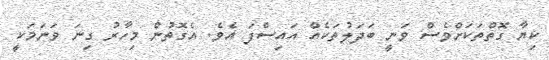
ކިޔާ ގޮތްތަކަށްވެސް ވަނީ ބަދަލުތަކެއް އައިސްފަ އެވެ. އެގޮތުން މިހާރު ގިނަ ވަނަމަކީ